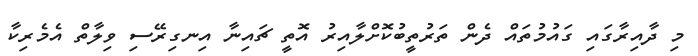
މި ދާއިރާގައި ގައުމުތައް ދެން ތަރުތީބުކޮށްލާއިރު އޮތީ ޗައިނާ އިނގިރޭސި ވިލާތް އެމެރިކާ